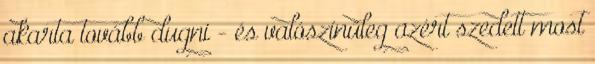
akarta tovább dugni - és valószínűleg azért szedett most